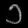
Digit: ၁